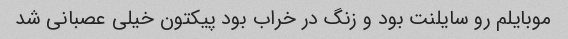
موبایلم رو سایلنت بود و زنگ در خراب بود پیکتون خیلى عصبانى شد